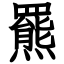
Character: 羆